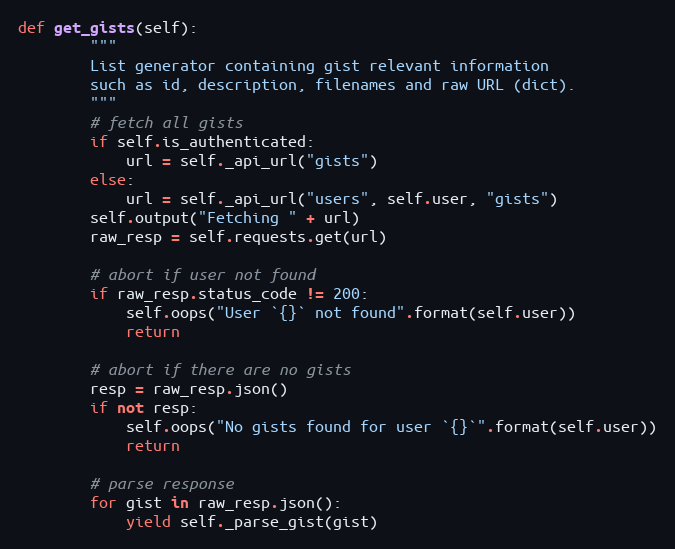
Language: Python
def get_gists(self):
        """
        List generator containing gist relevant information
        such as id, description, filenames and raw URL (dict).
        """
        # fetch all gists
        if self.is_authenticated:
            url = self._api_url("gists")
        else:
            url = self._api_url("users", self.user, "gists")
        self.output("Fetching " + url)
        raw_resp = self.requests.get(url)

        # abort if user not found
        if raw_resp.status_code != 200:
            self.oops("User `{}` not found".format(self.user))
            return

        # abort if there are no gists
        resp = raw_resp.json()
        if not resp:
            self.oops("No gists found for user `{}`".format(self.user))
            return

        # parse response
        for gist in raw_resp.json():
            yield self._parse_gist(gist)